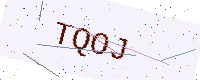
Text: TQOJ